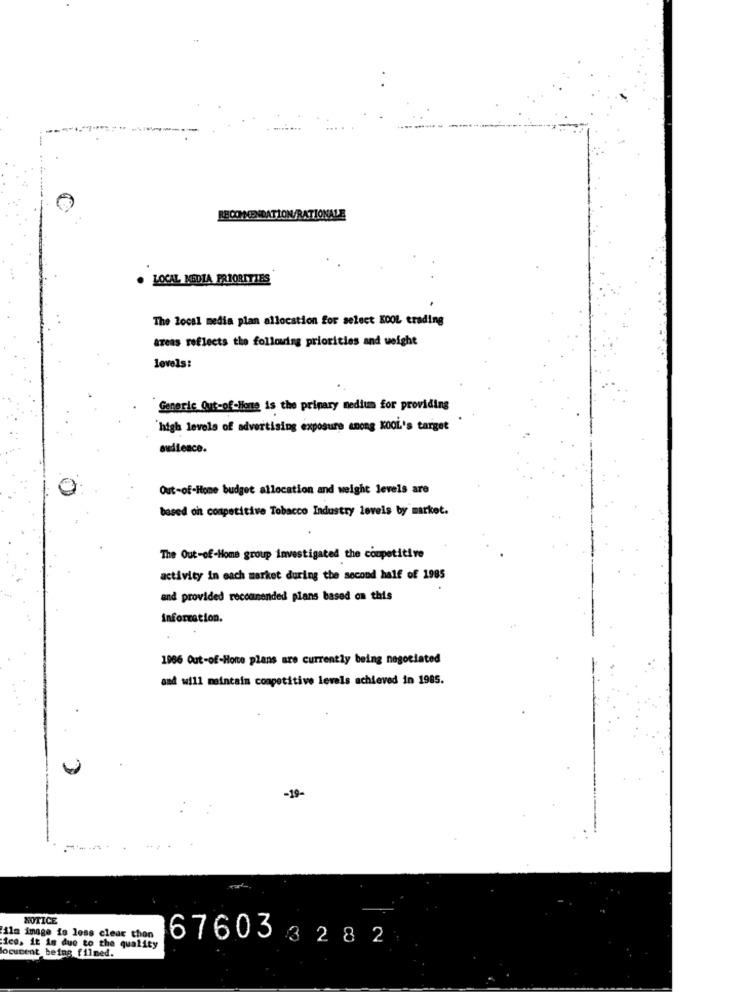
RECOMMENDATION/RATIONALE
LOCAL MEDIA PRIORITIES
The local media plan allocation for select KOOL trading
areas reflects the following priorities and weight
levels:
Generic Out-of-lione is the primary medium for providing
high levels of advertising exposure anong KOOL's target
audience.
Out-of-Home budget allocation and weight levels are
based on competitive Tobacco Industry levels by market.
The Out-of-Home group investigated the competitive
activity in each market during the second half of 1985
and provided recommended plans based on this
information.
1986 Out-of-Honte plans are currently being negotiated
and will maintain competitive levels achieved in 1985.
-19-
---
NOTICE
ilm image is less clear thon
676033282
ice, it is due to the quality
locucent being filmed.